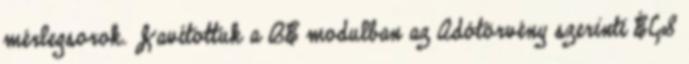
mérlegsorok. Javítottuk a BE modulban az Adótörvény szerinti ÉCS